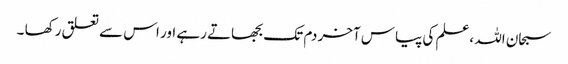
سبحان اللہ ،علم کی پیاس آخر دم تک بجھاتے رہے اور اس سے تعلق رکھا ۔